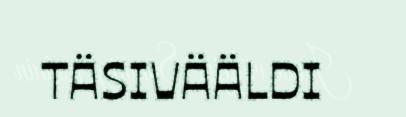
TÄSIVÄÄLDI